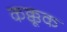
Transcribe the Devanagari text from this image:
कक्कूक